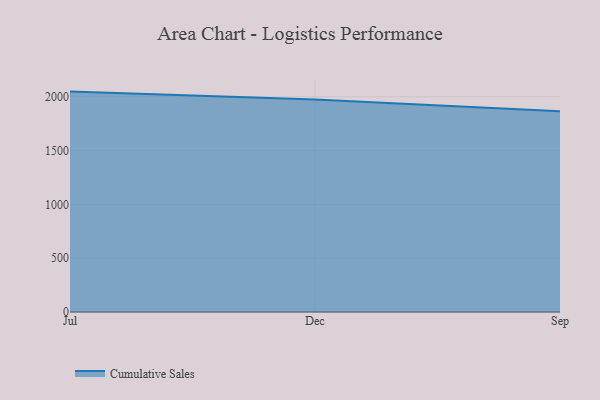
{"axis": {"x": "Month", "y": "Headcount"}, "legend": ["Cumulative Sales"], "data": [{"x": "Jul", "y": 2047.7, "type": "Cumulative Sales"}, {"x": "Dec", "y": 1974.6, "type": "Cumulative Sales"}, {"x": "Sep", "y": 1866.2, "type": "Cumulative Sales"}]}